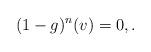
LaTeX: \begin{align*}(1-g)^n (v)=0, {}.\end{align*}